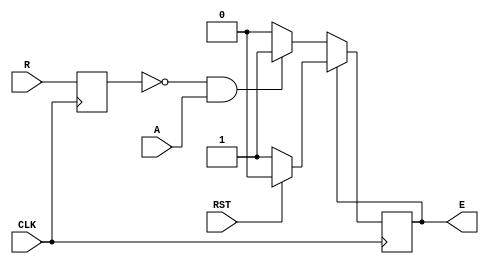
module handshake_b (E, A, R, RST, CLK);
  input A, R, RST, CLK;
  output E;
  reg E = 0;
  reg last_r = 0;
  always @ (posedge CLK) begin
    if (E == 0) begin
      if (last_r == 0 && A == 1)
        E <= 1;
      else
        E <= 0;
    end
    else
      begin
      if (RST == 1)
        begin
          E <= 0;
        end
      else
        E <= 1;
      end
    last_r = R;
  end
  initial
    begin
    $monitor("%d %b %b %b %b", 3'b100, E, A, R, RST);
    end
endmodule //handshake

module handshake_s (E, A, R, RST, CLK);
  input A, R, RST, CLK;
  output E;
  reg E;
  reg s1;
  reg s2;
  reg s3;
  reg[2:0] case1;
  reg[1:0] case2;
  initial begin
    E <= 1'b0;
    s1 <= 1'b0; s2 <= 1'b0; s3 <= 1'b0;
  end
  always @ (posedge CLK) begin
    if (RST)
      begin
        s1 <= 1'b0; s2 <= 1'b0; s3 <= 1'b0;
        case2[1:0] <= 2'b00;
      end
    else
      case2[1] <= R; case2[0] <= A;

    case1[2] <= s1; case1[1] <= s2; case1[0] <= s3;

    case (case1)
      3'b000:
        begin
          case(case2)
          2'b00 :
            begin
              s1 <= 0;
              s2 <= 0;
              s3 <= 0;
              E <= 0;
            end
          2'b01 :
            begin
              s1 <= 1;
              s2 <= 0;
              s3 <= 0;
              E <= 1;
            end
          2'b10 :
            begin
              s1 <= 0;
              s2 <= 0;
              s3 <= 1;
              E <= 0;
            end
          2'b11 :
            begin
              s1 <= 1;
              s2 <= 0;
              s3 <= 0;
              E <= 1;
            end
        endcase
      end
      3'b001: begin // first statement
	       case(case2)
          2'b00 :
            begin
              s1 <= 1;
              s2 <= 0;
              s3 <= 0;
              E <= 1;
            end
          2'b01 :
            begin
              s1 <= 1;
              s2 <= 0;
              s3 <= 0;
              E <= 1;
            end
          2'b10 :
            begin
              s1 <= 0;
              s2 <= 0;
              s3 <= 1;
              E <= 0;
            end
          2'b11 :
            begin
              s1 <= 0;
              s2 <= 1;
              s3 <= 0;
              E <= 0;
            end
      	endcase
      end
      3'b010: begin // second statement
	       case(case2)
          2'b00 :
            begin
              s1 <= 1;
              s2 <= 0;
              s3 <= 0;
              E <= 1;
            end
          2'b01 :
            begin
              s1 <= 0;
              s2 <= 1;
              s3 <= 1;
              E <= 0;
            end
          2'b10 :
            begin
 	            s1 <= 1;
	            s2 <= 0;
	            s3 <= 0;
	            E <= 1;
            end
          2'b11 :
            begin
              s1 <= 0;
              s2 <= 1;
              s3 <= 0;
              E <= 0;
            end
        endcase
	     end
        3'b011: begin // third case statement
	         case(case2)
            2'b00 :
              begin
                s1 <= 0;
                s2 <= 0;
                s3 <= 0;
                E <= 0;
              end
            2'b01 :
              begin
                s1 <= 0;
                s2 <= 1;
                s3 <= 1;
                E <= 0;
              end
            2'b10 :
              begin
	               s1 <= 1;
	               s2 <= 0;
	               s3 <= 0;
	               E <= 1;
              end
            2'b11 :
              begin
                s1 <= 1;
                s2 <= 0;
                s3 <= 0;
                E <= 1;
              end
          endcase
        end
        3'b100: begin //fourth case statement
	         case(case2)
            2'b00 : begin
              s1 <= 1;
              s2 <= 0;
              s3 <= 0;
              E <= 1;
            end
            2'b01 : begin
              s1 <= 1;
              s2 <= 0;
              s3 <= 0;
              E <= 1;
            end
            2'b10 : begin
              s1 <= 1;
              s2 <= 0;
              s3 <= 0;
              E <= 1;
            end
            2'b11 : begin
              s1 <= 1;
              s2 <= 0;
              s3 <= 0;
              E <= 1;
            end
      // end 2 bit internal cases
        endcase
      end
    // end 3 bit 100
    endcase
  // end 3 bit case statement
  end

  initial
    begin
      $monitor("%d %b %b %b %b %b %b %b %b %b", 3'b111 , E, R, A, RST, s1, s2, s3, case1, case2);
    end

endmodule //handshake_s